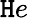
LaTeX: \mathtt{H}e